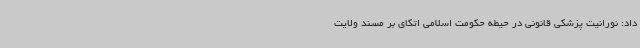
داد: نورانیت پزشکی قانونی در حیطه حکومت اسلامی اتکای بر مسند ولایت